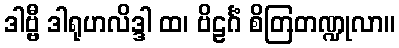
ဒါဗ္ဗီ ဒါရုဟလိဒ္ဒါ ထ၊ ဗိဠင်္ဂံ စိတြတဏ္ဍုလာ။